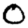
Digit: 0